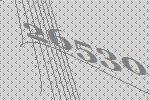
26530